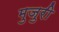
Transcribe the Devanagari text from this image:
मुजुरी